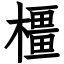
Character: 橿